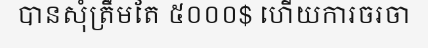
បានសុំត្រឹមតែ ៥០០០$ ហើយការចរចា